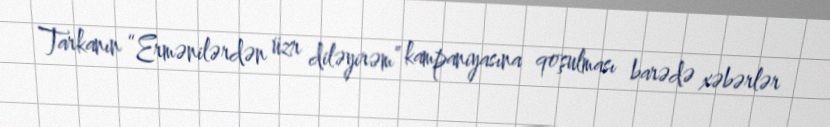
Tarkanın “Ermənilərdən üzr diləyirəm” kampaniyasına qoşulması barədə xəbərlər